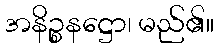
အနိဉ္စနဋ္ဌော၊ မည်၏။